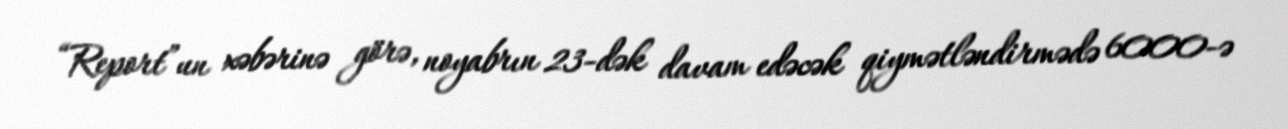
“Report”un xəbərinə görə, noyabrın 23-dək davam edəcək qiymətləndirmədə 6000-ə